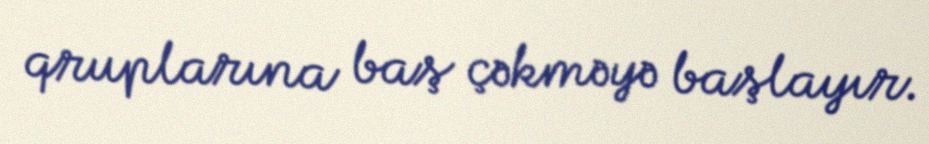
qruplarına baş çəkməyə başlayır.